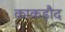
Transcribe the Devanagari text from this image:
काकड़ौद